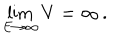
\lim _ { E \to \infty } V = \infty \, .